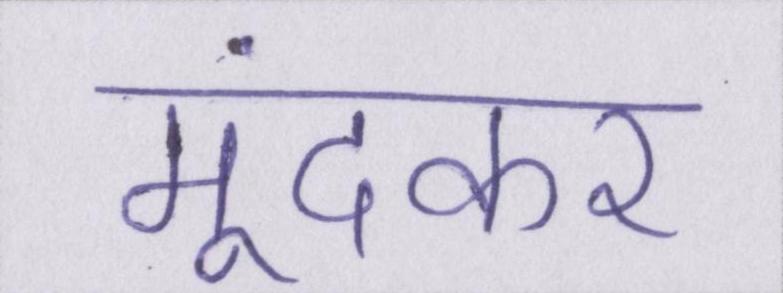
मूंदकर